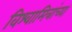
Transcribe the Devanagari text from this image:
विश्वामित्रांच्या